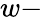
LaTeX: w-